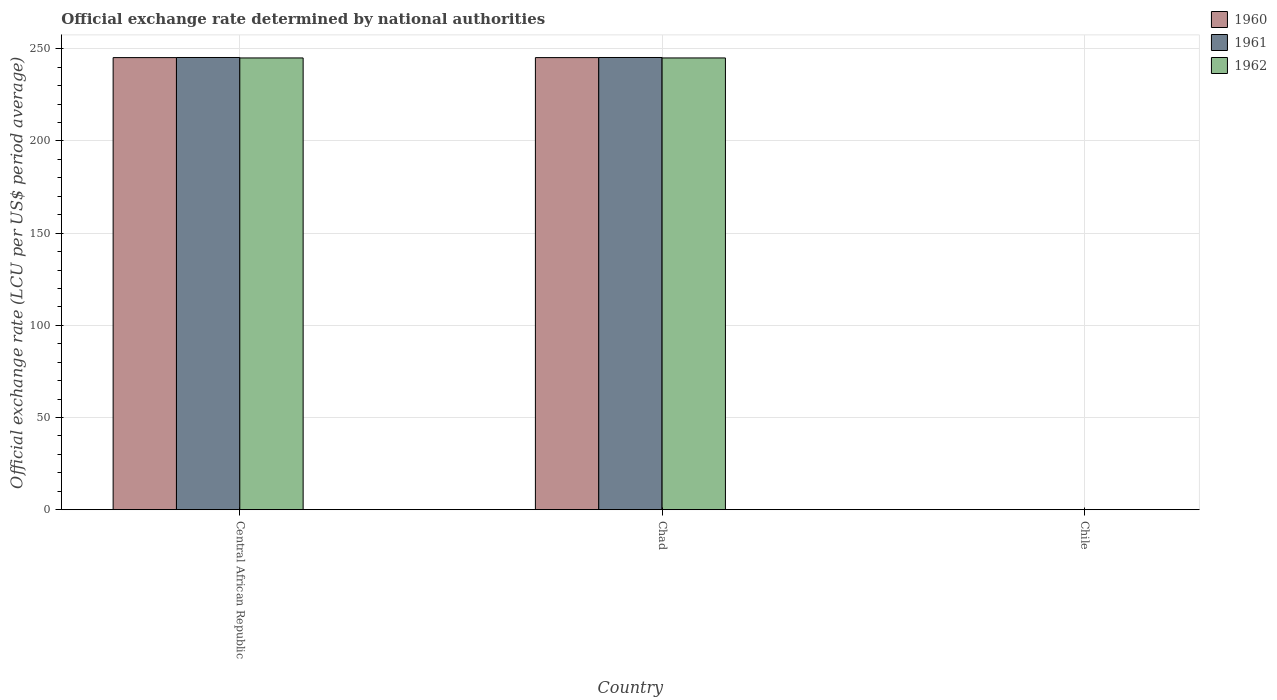
| Country | 1960 | 1961 | 1962 |
 | --- | --- | --- | --- |
 | Central African Republic | 245 | 245 | 245 |
 | Chad | 245 | 245 | 245 |
 | Chile | 0.00105 | 0.00105 | 0.00106 |